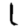
Digit: 1